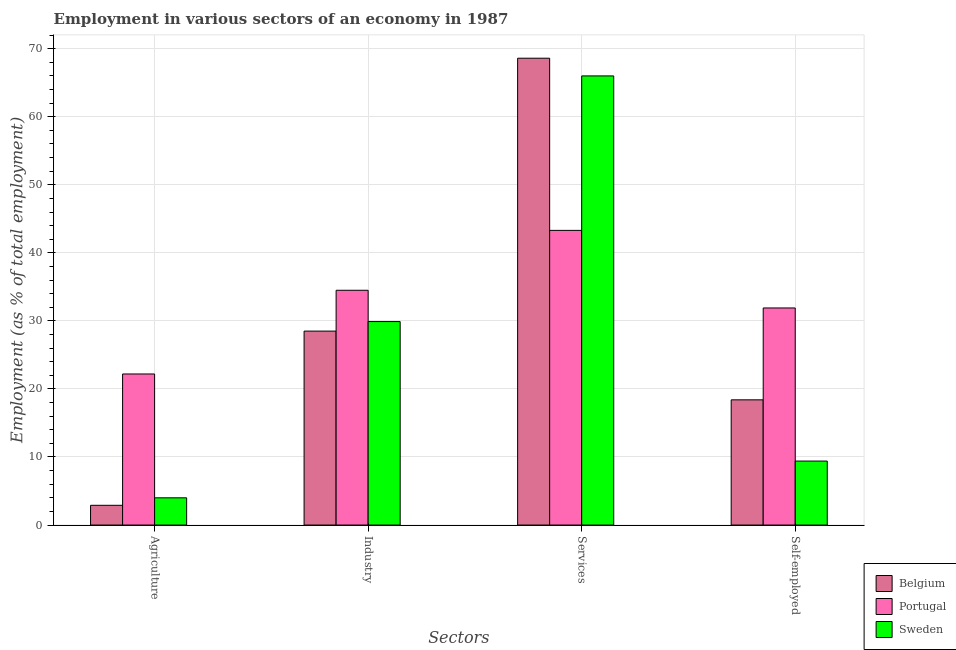
| Sectors | Belgium | Portugal | Sweden |
 | --- | --- | --- | --- |
 | Agriculture | 2.9 | 22.2 | 4 |
 | Industry | 28.5 | 34.5 | 29.9 |
 | Services | 68.6 | 43.3 | 66 |
 | Self-employed | 18.4 | 31.9 | 9.4 |